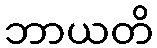
ဘာယတိ